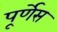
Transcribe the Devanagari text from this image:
पूर्णेस